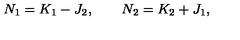
N _ { 1 } = K _ { 1 } - J _ { 2 } , \qquad N _ { 2 } = K _ { 2 } + J _ { 1 } ,